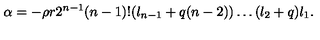
\alpha = - \rho r 2 ^ { n - 1 } ( n - 1 ) ! ( l _ { n - 1 } + q ( n - 2 ) ) \ldots ( l _ { 2 } + q ) l _ { 1 } .